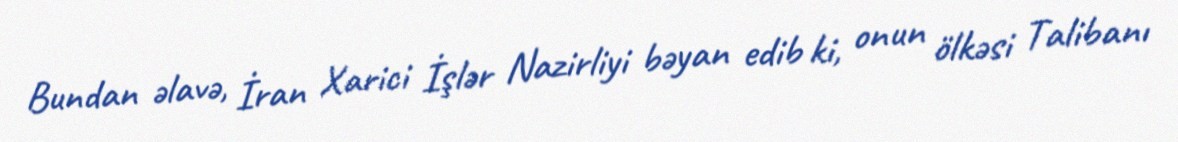
Bundan əlavə, İran Xarici İşlər Nazirliyi bəyan edib ki, onun ölkəsi Talibanı